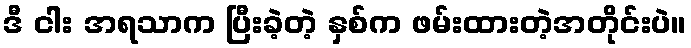
ဒီ ငါး အရသာက ပြီးခဲ့တဲ့ နှစ်က ဖမ်းထားတဲ့အတိုင်းပဲ။